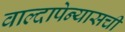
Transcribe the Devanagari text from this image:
वाल्दापेन्यासची